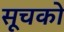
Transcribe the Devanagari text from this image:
सूचको